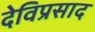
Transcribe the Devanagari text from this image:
देविप्रसाद